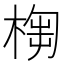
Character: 𣖣